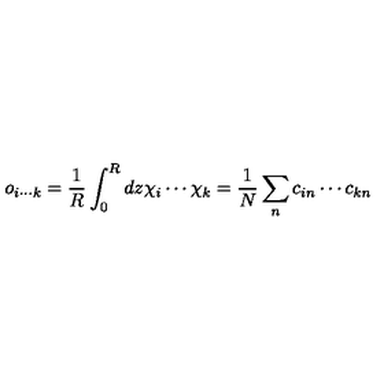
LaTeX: o _ { i \cdots k } = \frac { 1 } { R } \int _ { 0 } ^ { R } d z \chi _ { i } \cdots \chi _ { k } = \frac { 1 } { N } \sum _ { n } c _ { i n } \cdots c _ { k n }